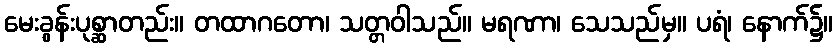
မေးခွန်းပုစ္ဆာတည်း။ တထာဂတော၊ သတ္တဝါသည်။ မရဏာ၊ သေသည်မှ။ ပရံ၊ နောက်၌။